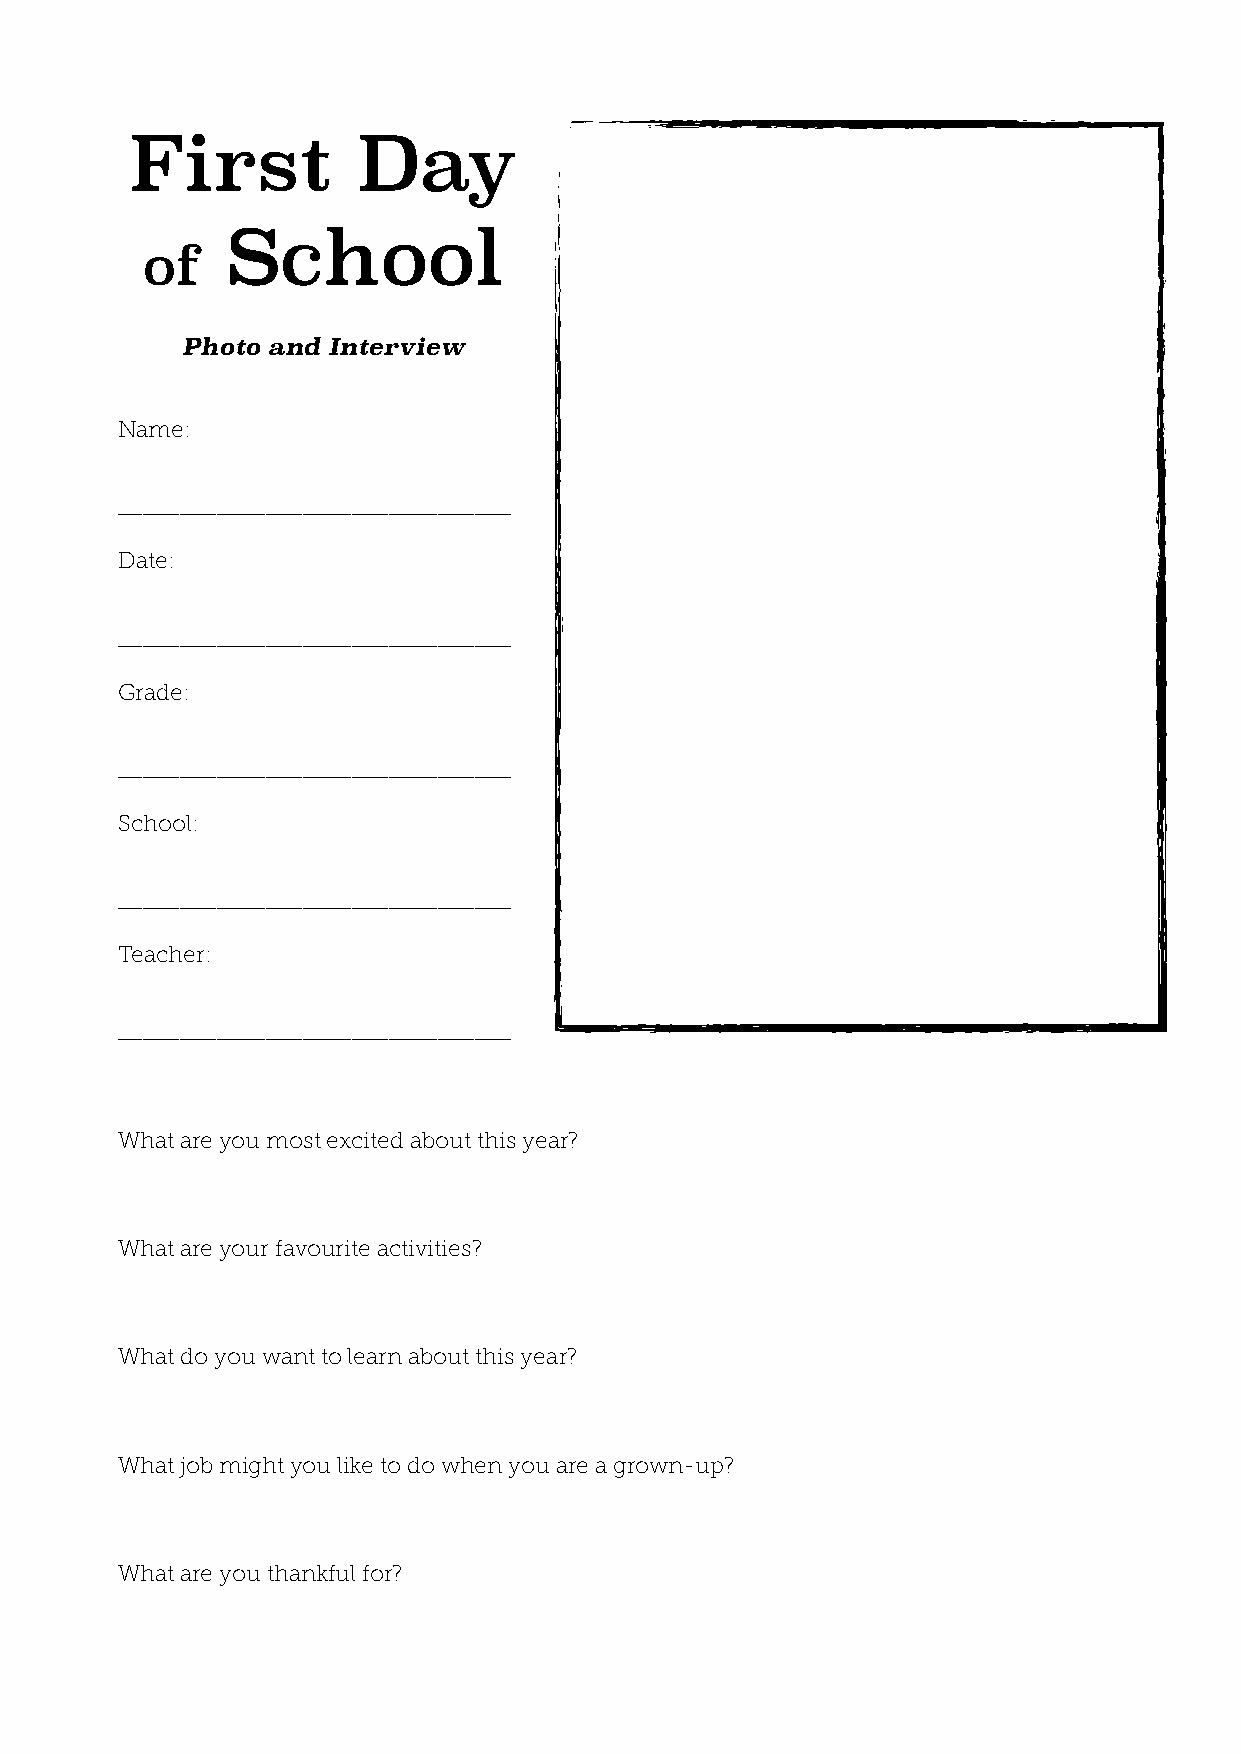
First          Day
 School
 of
 !
 !   Photo and Interview
 !
 Name:
 !
 _________________!_______________
 Date:
 !
 _________________!_______________
 Grade:
 !
 _!_______________________________
 School:
 !
 _!_______________________________
 Teacher:
 !
 _________________!_______________
 !
 !
 W! hat are you most excited about this year?
 !
 !
 W! hat are your favourite activities?
 !
 !
 W! hat do you want to learn about this year?
 !
 !
 W! hat job might you like to do when you are a grown-up?
 !
 !
 What are you thankful for?